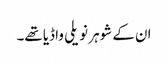
ان کے شوہر نویلی واڈیا تھے۔